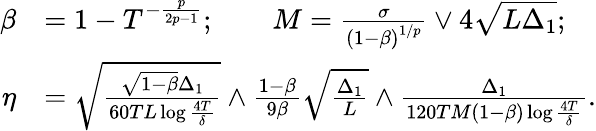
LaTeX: \begin{array}{rl}{\beta}&{=1-T^{-\frac{p}{2p-1}};\qquad M=\frac{\sigma}{\left(1-\beta\right)^{1/p}}\lor 4\sqrt{L\Delta_{1}};}\\ {\eta}&{=\sqrt{\frac{\sqrt{1-\beta}\Delta_{1}}{60TL\log\frac{4T}{\delta}}}\land\frac{1-\beta}{9\beta}\sqrt{\frac{\Delta_{1}}{L}}\land\frac{\Delta_{1}}{120TM\left(1-\beta\right)\log\frac{4T}{\delta}}.}\end{array}